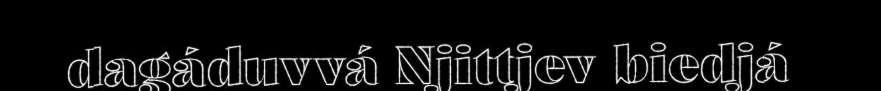
dagáduvvá Njittjev biedjá